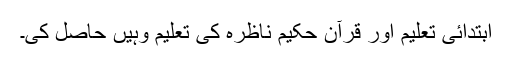
اِبتدائی تعلیم اور قرآن حکیم ناظرہ کی تعلیم وہیں حاصل کی۔